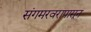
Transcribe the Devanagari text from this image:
संगमरवरापासून